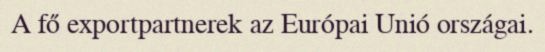
A fő exportpartnerek az Európai Unió országai.